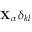
{ \mathbf { X } } _ { \alpha } \, \delta _ { k l }